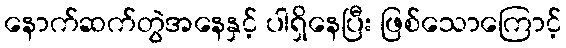
နောက်ဆက်တွဲအနေနှင့် ပါရှိနေပြီး ဖြစ်သောကြောင့်